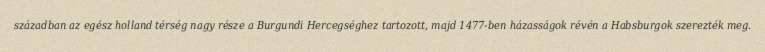
században az egész holland térség nagy része a Burgundi Hercegséghez tartozott, majd 1477-ben házasságok révén a Habsburgok szerezték meg.